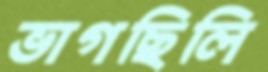
ভাগছিলি